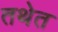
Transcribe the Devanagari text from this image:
तथेत